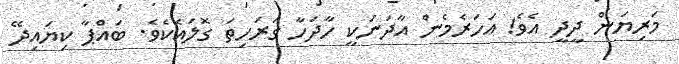
މަރިޔަން ދީދީ އެވެ! އަހަރެމެން އާދަނަކީ ހާދަހާ ގަރަހިތަ ގޮލައެކެވެ. ބައްޕާ ކިޔައިދޭ